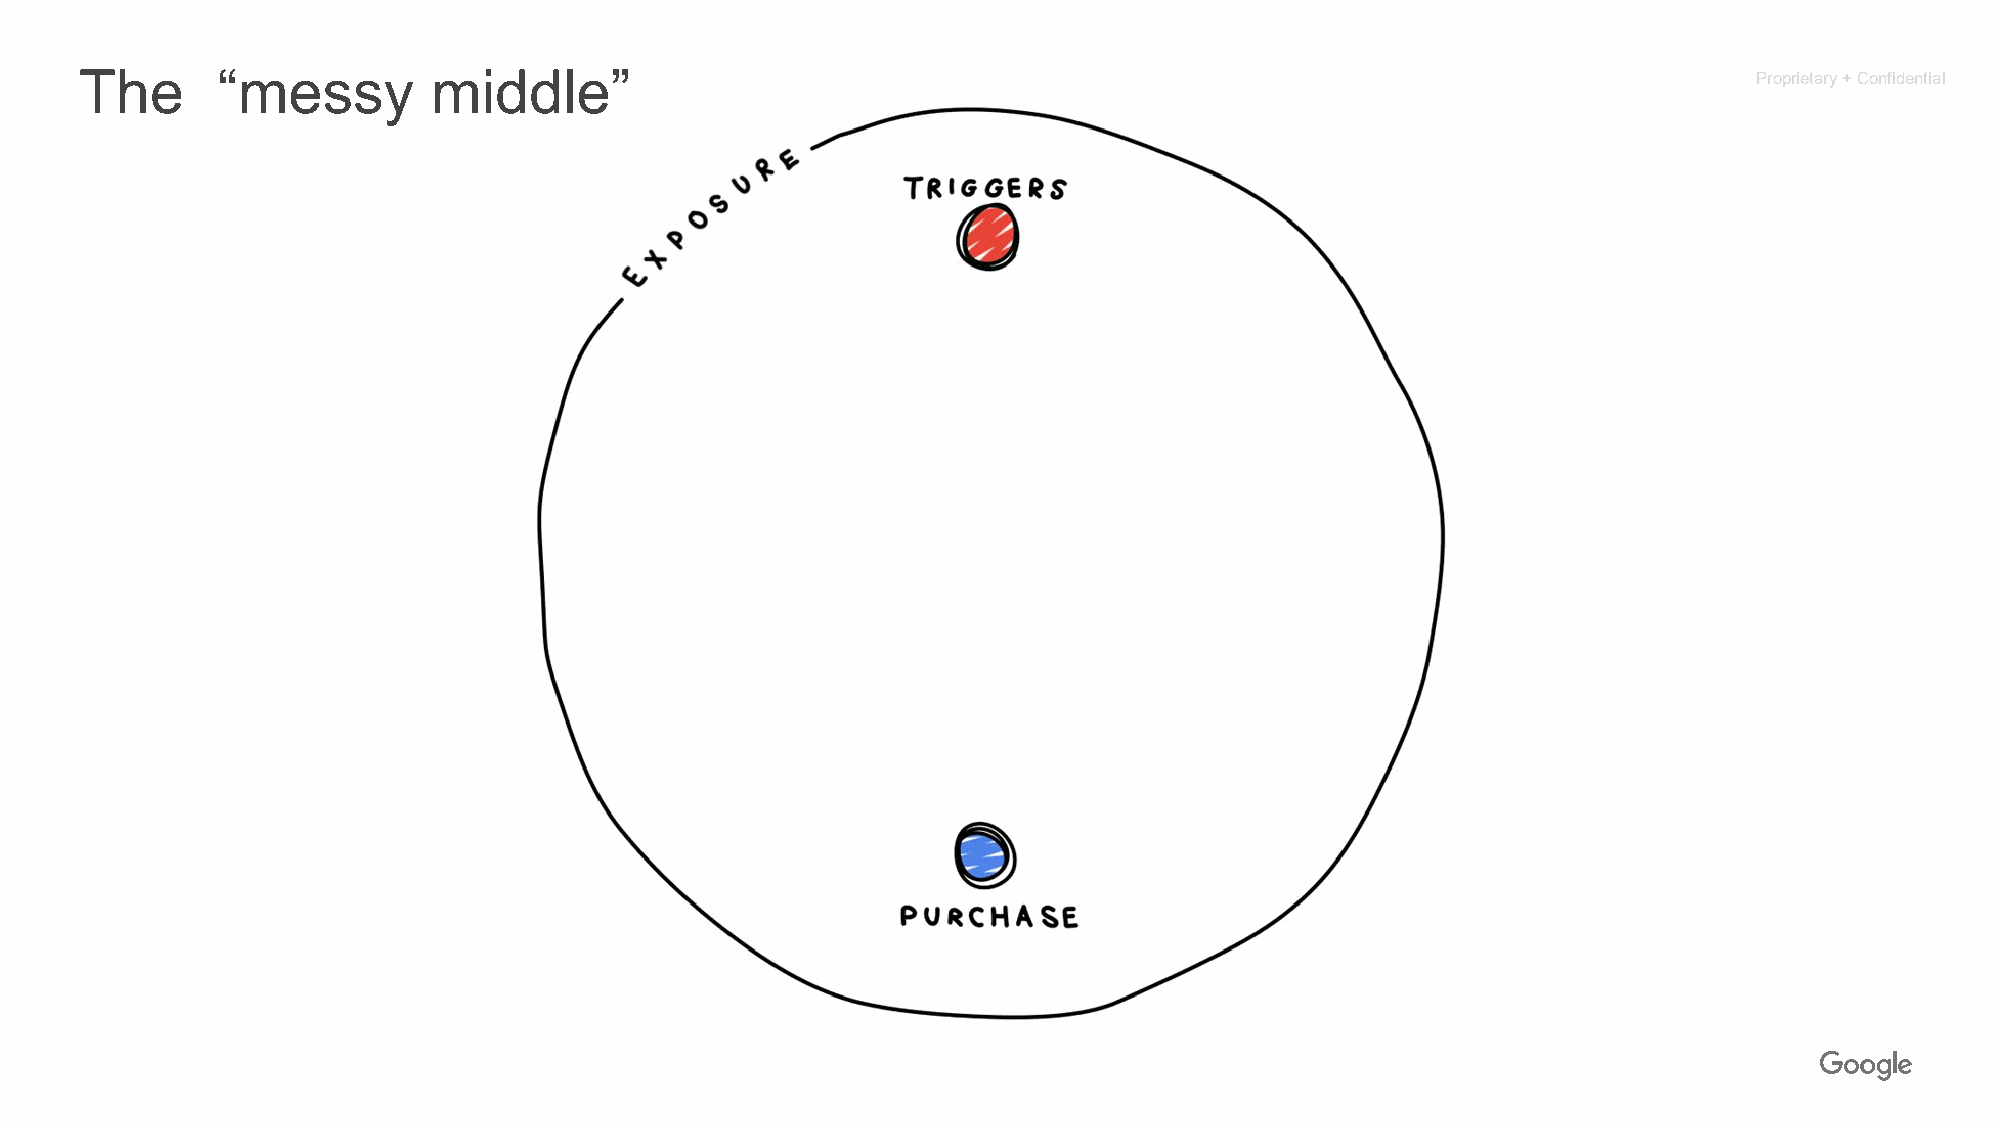
The      “messy         middle”                                                                                Proprietary + Confidential